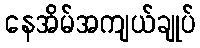
နေအိမ်အကျယ်ချုပ်